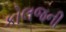
કોલજની